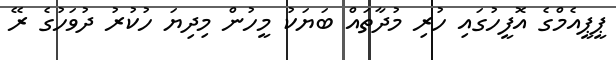
ޕީޕީއެމްގެ އޮފީހުގައި ހުރި މުދާތައް ބަޔަކު މީހުން މިދިޔަ ހުކުރު ދުވަހުގެ ރޭ